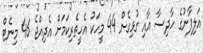
އަލިފާނުގެ ހާދިސާ އާއި ގުޅިގެން 44 މީހަކު އެހީތެރިކަމަށް އެދިއްޖެ 46 މިނެޓް